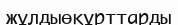
жұлдыөқұрттарды